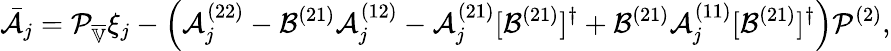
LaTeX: \bar{\mathcal{A}}_{j}=\mathcal{P}_{\overline{{\mathbb{V}}}}\xi_{j}-\left(\mathcal{A}_{j}^{(22)}-\mathcal{B}^{(21)}\mathcal{A}_{j}^{(12)}-\mathcal{A}_{j}^{(21)}[\mathcal{B}^{(21)}]^{\dagger}+\mathcal{B}^{(21)}\mathcal{A}_{j}^{(11)}[\mathcal{B}^{(21)}]^{\dagger}\right)\mathcal{P}^{(2)},